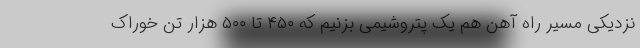
نزدیکی مسیر راه آهن هم یک پتروشیمی بزنیم که ۴۵۰ تا ۵۰۰ هزار تن خوراک